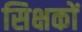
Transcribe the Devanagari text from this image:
सिक्षकों